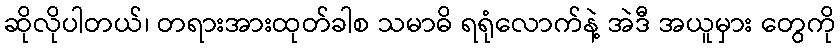
ဆိုလိုပါတယ်၊ တရားအားထုတ်ခါစ သမာဓိ ရရုံလောက်နဲ့ အဲဒီ အယူမှား တွေကို